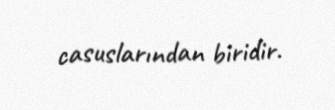
casuslarından biridir.